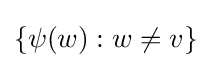
\{\psi (w):w\not =v\}